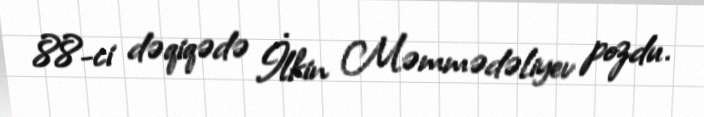
88-ci dəqiqədə İlkin Məmmədəliyev pozdu.